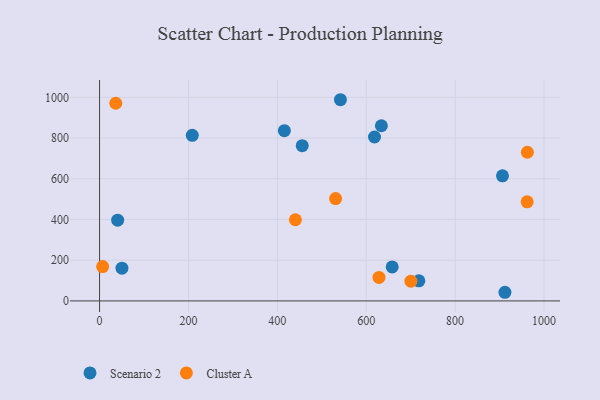
{"axis": {"x": "Distance", "y": "Sales"}, "legend": ["Cluster A", "Scenario 2"], "data": [{"x": "40.7", "y": 396.7, "type": "Scenario 2"}, {"x": "542.0", "y": 988.3, "type": "Scenario 2"}, {"x": "634.1", "y": 860.4, "type": "Scenario 2"}, {"x": "208.6", "y": 813.5, "type": "Scenario 2"}, {"x": "456.0", "y": 762.7, "type": "Scenario 2"}, {"x": "415.8", "y": 836.5, "type": "Scenario 2"}, {"x": "718.4", "y": 98.6, "type": "Scenario 2"}, {"x": "906.6", "y": 614.5, "type": "Scenario 2"}, {"x": "912.1", "y": 42.4, "type": "Scenario 2"}, {"x": "618.6", "y": 805.2, "type": "Scenario 2"}, {"x": "658.4", "y": 166.8, "type": "Scenario 2"}, {"x": "50.4", "y": 160.7, "type": "Scenario 2"}, {"x": "962.6", "y": 730.3, "type": "Cluster A"}, {"x": "36.5", "y": 971.0, "type": "Cluster A"}, {"x": "628.7", "y": 115.3, "type": "Cluster A"}, {"x": "6.9", "y": 168.5, "type": "Cluster A"}, {"x": "440.6", "y": 398.7, "type": "Cluster A"}, {"x": "700.5", "y": 97.1, "type": "Cluster A"}, {"x": "531.1", "y": 502.7, "type": "Cluster A"}, {"x": "962.1", "y": 486.6, "type": "Cluster A"}]}